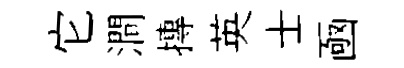
它澗摶英士凾